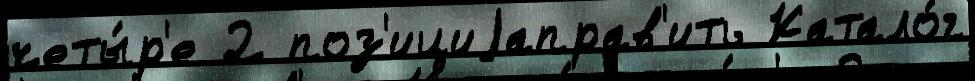
четы́р'е 2 поз'ициjаправ'ить Катало́г